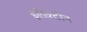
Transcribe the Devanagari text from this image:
इलेक्‍टॉन